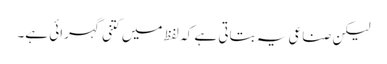
لیکن صناعی یہ بتاتی ہے کہ لفظ میں کتنی گہرائی ہے۔